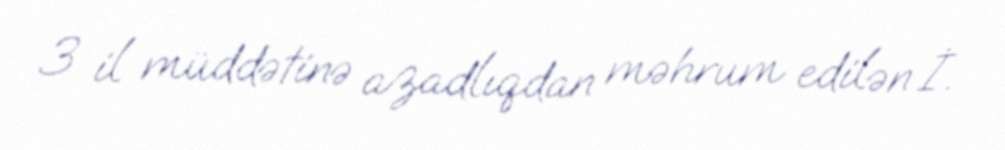
3 il müddətinə azadlıqdan məhrum edilən İ.